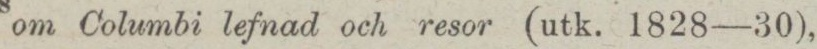
om Columbi lefnad och resor (utk. 1828—30),